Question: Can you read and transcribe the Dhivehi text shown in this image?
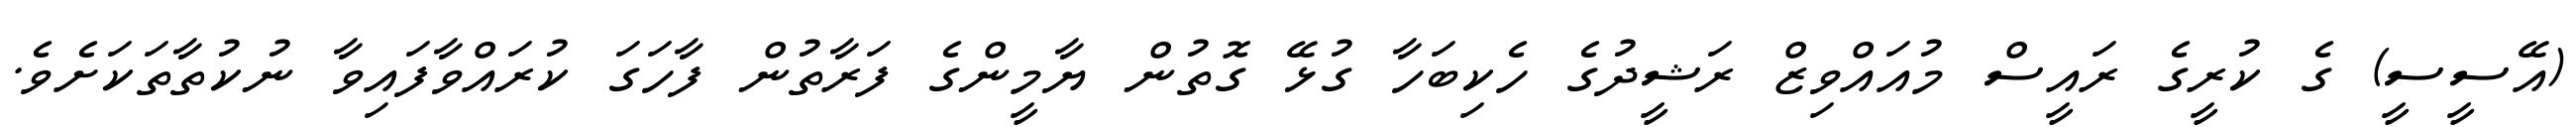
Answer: (އޭސީސީ) ގެ ކުރީގެ ރައީސް މުއައްވިޒް ރަޝީދުގެ ހެކިބަހާ ގުޅޭ ގޮތުން ޔާމީންގެ ފަރާތުން ފާހަގަ ކުރައްވާފައިވާ ނުކުތާތަކަށެވެ.